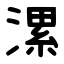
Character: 漯